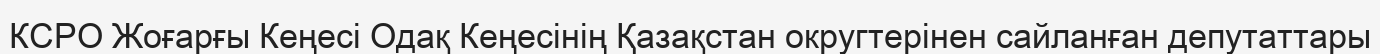
КСРО Жоғарғы Кеңесі Одақ Кеңесінің Қазақстан округтерінен сайланған депутаттары